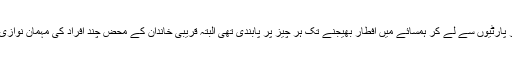
گھروں میں افطار پارٹیوں سے لے کر ہمسائے میں افطار بھیجنے تک ہر چیز پر پابندی تھی البتہ قریبی خاندان کے محض چند افراد کی مہمان نوازی کی اجازت تھی۔